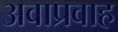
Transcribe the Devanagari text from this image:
अवाप्रवाह